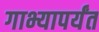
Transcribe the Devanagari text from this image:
गाभ्यापर्यंत